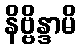
နိဗ္ဗိန္ဒာမိ